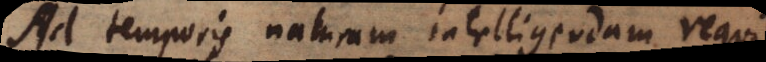
Ad temporis naturam intelligendam requiretur